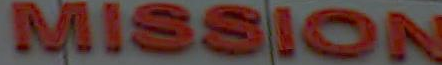
MISSION